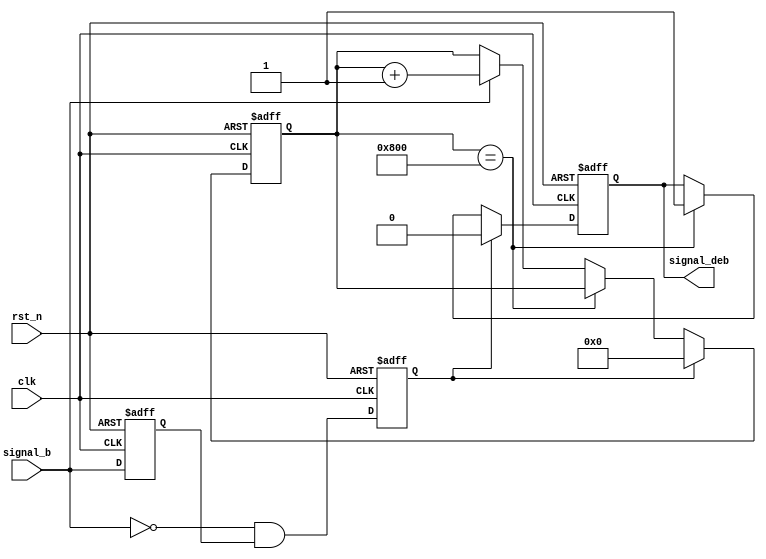
// This program was cloned from: https://github.com/flytt-away/FPGA-Video-Capture
// License: MIT License

//******************************************************************
// Copyright (c) 2015 PANGO MICROSYSTEMS, INC
// ALL RIGHTS REVERVED.
//******************************************************************
`timescale 1ns/1ps
module hsst_rst_debounce_v1_0 #(
    parameter RISE_CNTR_WIDTH = 12,
    parameter RISE_CNTR_VALUE = 12'd2048,
    parameter ACTIVE_HIGH     = 1'b0 // 0 : active@low, 1 : active@high
)(
    input  wire                          clk,
    input  wire                          rst_n,
    input  wire                          signal_b,
    output wire                          signal_deb
);

wire                          signal_b_mux;
reg                           signal_b_ff;
reg                           signal_b_neg;
reg                           signal_deb_pre;
reg     [RISE_CNTR_WIDTH-1:0] rise_cnt;

assign signal_b_mux = (ACTIVE_HIGH == 1'b1) ? ~signal_b : signal_b;
always @(posedge clk or negedge rst_n)
begin
    if (!rst_n)
    begin
        signal_b_ff  <= 1'b0;
        signal_b_neg <= 1'b0;
    end
    else
    begin
        signal_b_ff  <= signal_b_mux;
        signal_b_neg <= ~signal_b_mux & signal_b_ff;
    end
end

always @(posedge clk or negedge rst_n)
begin
    if (!rst_n)
        rise_cnt <= {RISE_CNTR_WIDTH{1'b0}};
    else if (signal_b_neg)
        rise_cnt <= {RISE_CNTR_WIDTH{1'b0}};
    else if (rise_cnt == RISE_CNTR_VALUE)
        rise_cnt <= rise_cnt;
    else if (signal_b_mux)
        rise_cnt <= rise_cnt + {{RISE_CNTR_WIDTH-1{1'b0}}, 1'b1};
end

always @(posedge clk or negedge rst_n)
begin
    if (!rst_n)
        signal_deb_pre <= 1'b0;
    else if (signal_b_neg)
        signal_deb_pre <= 1'b0;
    else if (rise_cnt == RISE_CNTR_VALUE)
        signal_deb_pre <= 1'b1;
end

assign signal_deb = (ACTIVE_HIGH == 1'b1) ? ~signal_deb_pre : signal_deb_pre;

endmodule